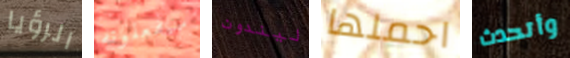
الرؤيا سيفعلونه ليندون احملها وأتحدث